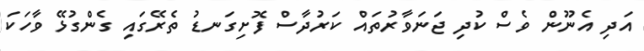
އަދި އެނޫން ވެސް ކުދި ޖަނަވާރުތައް ކަރުދާސް ފޮށިގަނޑު ތެރޭގައި ގެންގުޅޭ ވާހަކަ